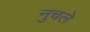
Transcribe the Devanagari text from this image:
नुचले